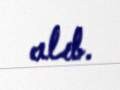
alıb.